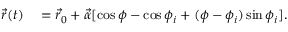
\begin{array} { r l } { \vec { r } ( t ) } & { { } = \vec { r } _ { 0 } + \vec { \alpha } [ \cos \phi - \cos \phi _ { i } + ( \phi - \phi _ { i } ) \sin \phi _ { i } ] . } \end{array}